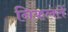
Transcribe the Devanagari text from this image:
निकलतें